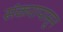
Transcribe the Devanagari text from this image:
संकरापासून